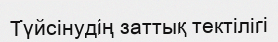
Түйсінудің заттық тектiлiгі